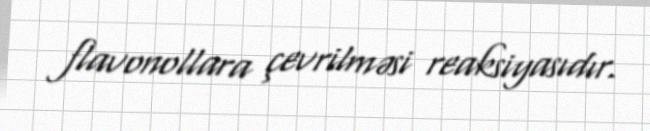
flavonollara çevrilməsi reaksiyasıdır.